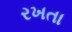
રખતા